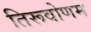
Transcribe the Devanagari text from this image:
तिरूवोणम